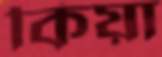
কিয়া